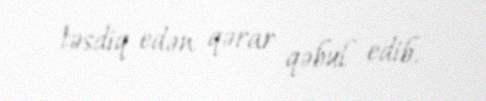
təsdiq edən qərar qəbul edib.